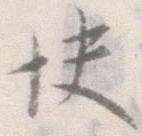
快